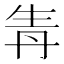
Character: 𤯞